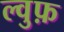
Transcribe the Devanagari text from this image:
ल्वुफ़